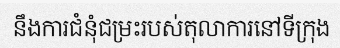
នឹងការជំនុំជម្រះរបស់តុលាការនៅទីក្រុង